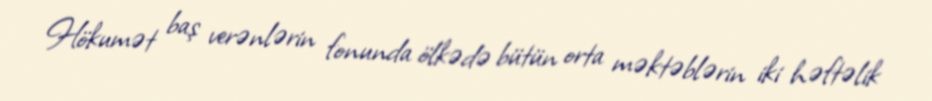
Hökumət baş verənlərin fonunda ölkədə bütün orta məktəblərin iki həftəlik